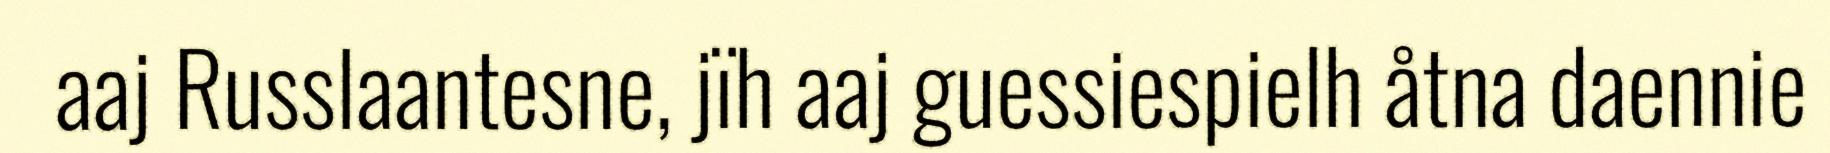
aaj Russlaantesne, jïh aaj guessiespielh åtna daennie